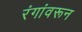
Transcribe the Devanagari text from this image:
रंगांवरून